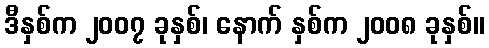
ဒီနှစ်က ၂၀၀၇ ခုနှစ်၊ နောက် နှစ်က ၂၀၀၈ ခုနှစ်။